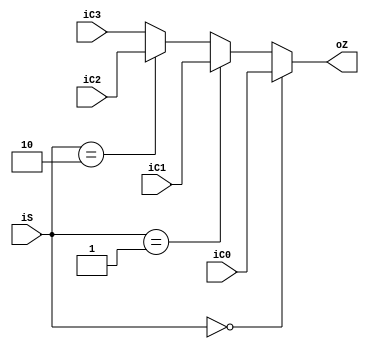
module selector41(
input [31:0] iC0,
input [31:0] iC1,
input [31:0] iC2,
input [31:0] iC3,
input [1:0]iS,
output reg [31:0] oZ
    );
    always @(*)
    begin
    
    if(iS==0)
    oZ=iC0;
    else if(iS==1)
    oZ=iC1;
    else if(iS==2)
    oZ=iC2;
    else
    oZ=iC3;
    
    end

endmodule

module selector81(
input [31:0] iC0,
input [31:0] iC1,
input [31:0] iC2,
input [31:0] iC3,
input [31:0] iC4,
input [31:0] iC5,
input [31:0] iC6,
input [31:0] iC7,
input [2:0]iS,
output reg [31:0] oZ
    );
    always @(*)
    begin
    
    if(iS==0)
    oZ=iC0;
    else if(iS==1)
    oZ=iC1;
    else if(iS==2)
    oZ=iC2;
    else if(iS==3)
    oZ=iC3;
    else if(iS==4)
    oZ=iC4;
    else if(iS==5)
    oZ=iC5;
    else if(iS==6)
    oZ=iC6;
    else
    oZ=iC7;
    
    end

endmodule

module selector41_5(
input [4:0] iC0,
input [4:0] iC1,
input [4:0] iC2,
input [4:0] iC3,
input [1:0]iS,
output reg [4:0] oZ
    );
    always @(*)
    begin
    
    if(iS==0)
    oZ=iC0;
    else if(iS==1)
    oZ=iC1;
    else if(iS==2)
    oZ=iC2;
    else
    oZ=iC3;
    
    end

endmodule

module selector21(
input [31:0] iC0,
input [31:0] iC1,
input iS,
output reg [31:0] oZ
    );
    always @(*)
    begin
    
    if(iS==0)
    oZ=iC0;
    else
    oZ=iC1;
    
    end

endmodule